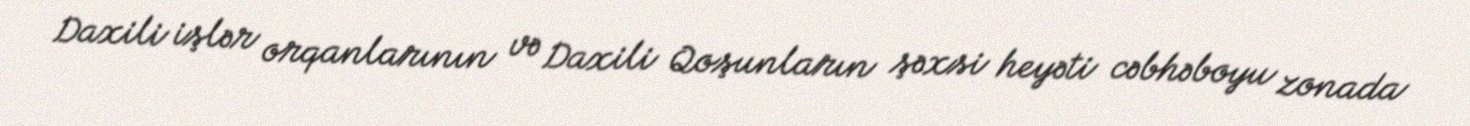
Daxili işlər orqanlarının və Daxili Qoşunların şəxsi heyəti cəbhəboyu zonada